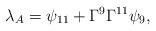
LaTeX: \begin{align*}{\lambda_{A}=\psi_{11}+\Gamma^9\Gamma^{11}\psi_9,}\end{align*}